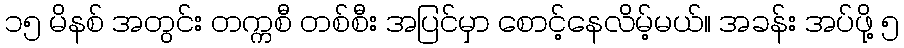
၁၅ မိနစ် အတွင်း တက္ကစီ တစ်စီး အပြင်မှာ စောင့်နေလိမ့်မယ်။ အခန်း အပ်ဖို့ ၅